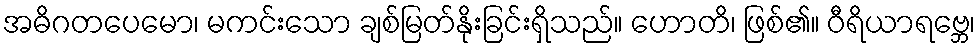
အဓိဂတပေမော၊ မကင်းသော ချစ်မြတ်နိုးခြင်းရှိသည်။ ဟောတိ၊ ဖြစ်၏။ ဝီရိယာရဗ္ဘေ၊